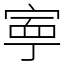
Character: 寕